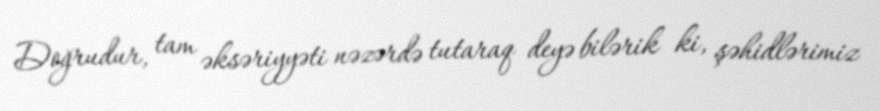
Doğrudur, tam əksəriyyəti nəzərdə tutaraq deyə bilərik ki, şəhidlərimiz